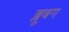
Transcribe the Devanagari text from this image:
ब्लूबग